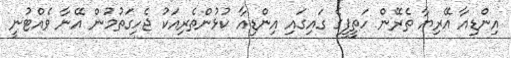
އިންޑިއާ އޭރިޔާ ތެރޭން ހަތީފީގެ ގައިގައި އިންޑިއާ ކުޅުންތެރިއަކު ޖެހިގަތުމުން އޭނާ ވެއްޓުނީ